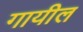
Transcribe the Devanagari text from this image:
गायील